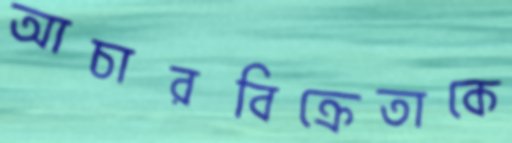
আচারবিক্রেতাকে